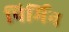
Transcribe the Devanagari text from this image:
पिर्मिन